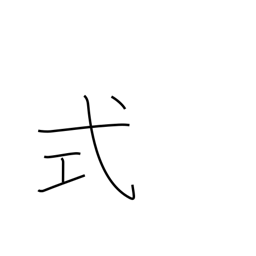
Meaning: ceremony